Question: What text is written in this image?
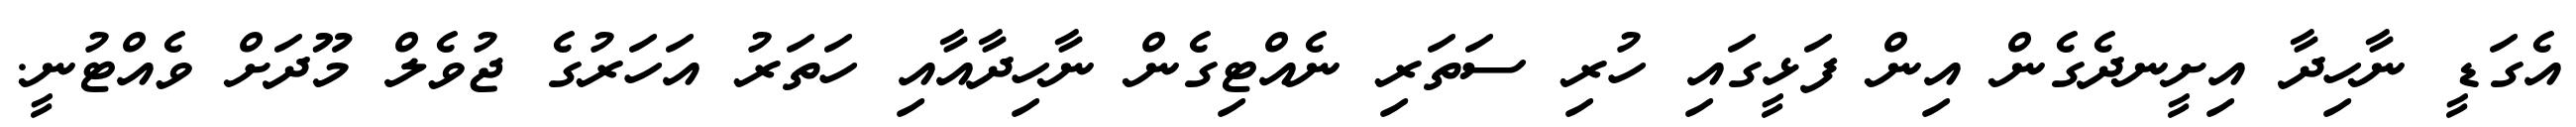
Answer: އެގަޑީ ނާހިދާ އިށީނދެގެން އިން ފަޅީގައި ހުރި ސަތަރި ނެއްޓިގެން ނާހިދާއާއި ހަތަރު އަހަރުގެ ޖުވެލް މޫދަށް ވެއްޓުނީ.